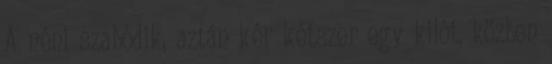
A néni szabódik, aztán kér kétszer egy kilót, közben